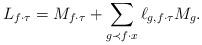
LaTeX: \begin{align*}L_{f\cdot\tau}=M_{f\cdot\tau}+\sum_{g\prec f\cdot x}\ell_{g,f\cdot\tau}M_g.\end{align*}